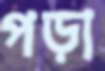
পড়া